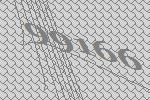
99166